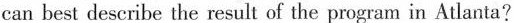
can best describe the result of the program in Atlanta?